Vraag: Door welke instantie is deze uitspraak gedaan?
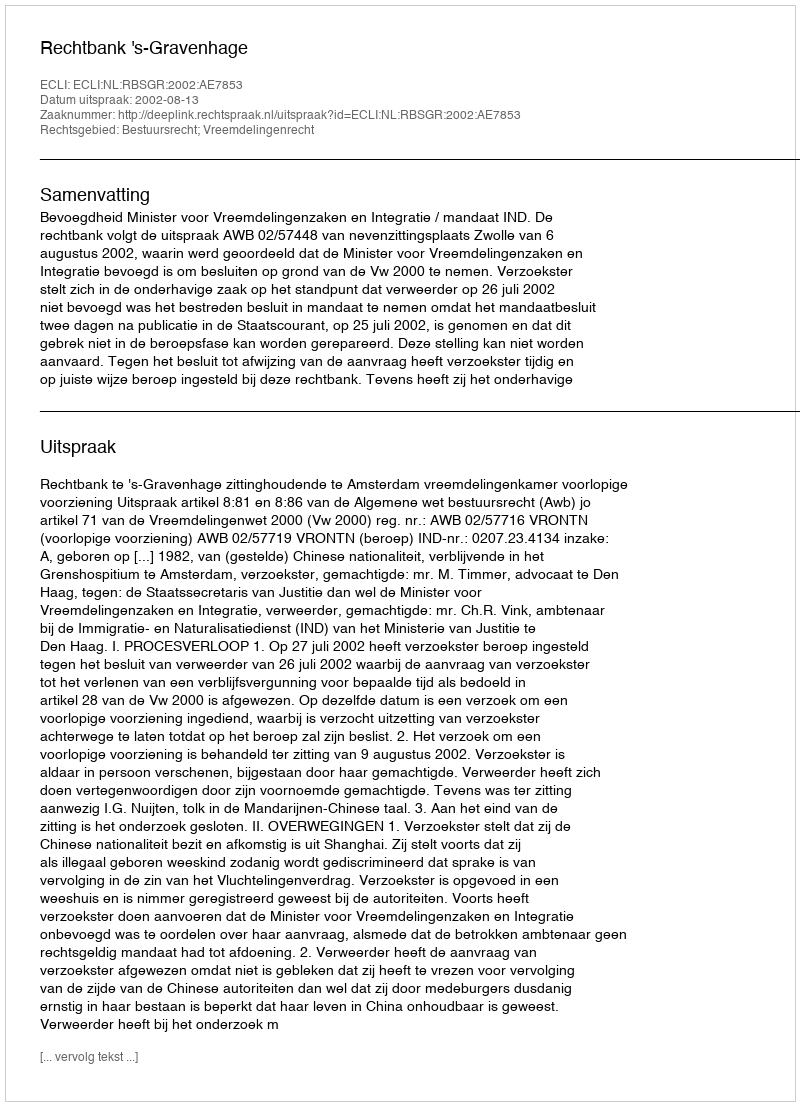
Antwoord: Rechtbank 's-Gravenhage